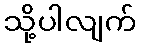
သို့ပါလျက်